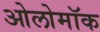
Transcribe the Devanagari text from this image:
ओलोमॉक